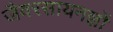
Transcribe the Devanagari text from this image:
जैवरसायनज्ञों